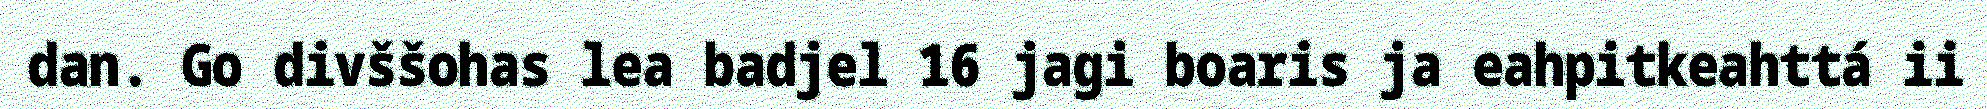
dan. Go divššohas lea badjel 16 jagi boaris ja eahpitkeahttá ii